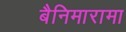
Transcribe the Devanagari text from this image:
बैनिमारामा